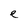
Character: e